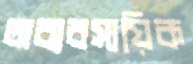
অব্যবসায়িক